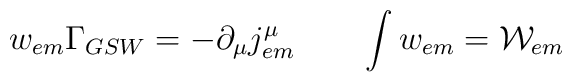
w_{em}\Gamma_{GSW}=-\partial_{\mu}j^{\mu}_{em} \qquad    \int w_{em} = {\cal{W}}_{em} \nonumber{}\\